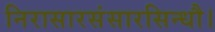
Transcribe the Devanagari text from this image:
निरासारसंसारसिन्धौ।